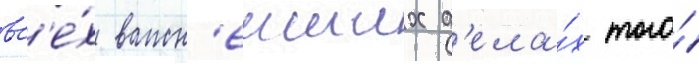
вс'е́х важн'еиших д'ела́х того́